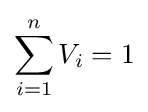
\sum _{i=1}^{n}{V_{i}}=1